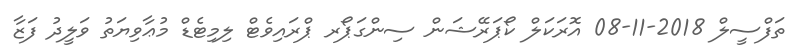
ތަފްސީލް 2018-11-08 އޮރަކަލް ކޯޕަރޭޝަން ސިންގަޕޯރ ޕްރައިވެޓް ލިމިޓެޑް މުޢާވިޔަތު ވަލީދު ފަޒާ